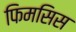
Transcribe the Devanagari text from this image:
फिमसिस